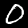
Label: 0